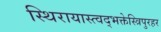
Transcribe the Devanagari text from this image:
स्थिरायास्त्वद्भक्तेस्त्रिपुरहर